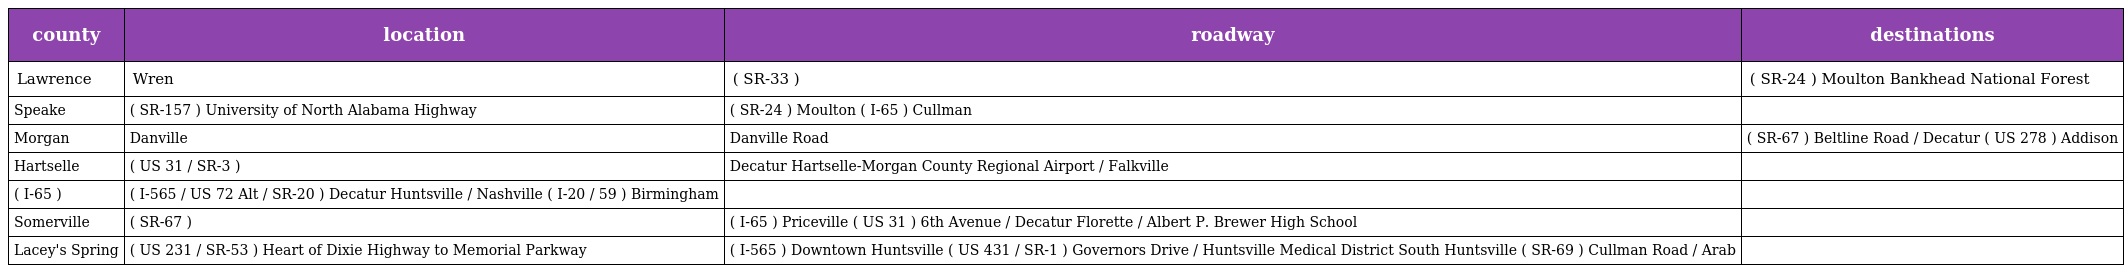
| county | location | roadway | destinations |
 | --- | --- | --- | --- |
 | Lawrence | Wren | ( SR-33 ) | ( SR-24 ) Moulton Bankhead National Forest |
 | Speake | ( SR-157 ) University of North Alabama Highway | ( SR-24 ) Moulton ( I-65 ) Cullman |  |
 | Morgan | Danville | Danville Road | ( SR-67 ) Beltline Road / Decatur ( US 278 ) Addison |
 | Hartselle | ( US 31 / SR-3 ) | Decatur Hartselle-Morgan County Regional Airport / Falkville |  |
 | ( I-65 ) | ( I-565 / US 72 Alt / SR-20 ) Decatur Huntsville / Nashville ( I-20 / 59 ) Birmingham |  |  |
 | Somerville | ( SR-67 ) | ( I-65 ) Priceville ( US 31 ) 6th Avenue / Decatur Florette / Albert P. Brewer High School |  |
 | Lacey's Spring | ( US 231 / SR-53 ) Heart of Dixie Highway to Memorial Parkway | ( I-565 ) Downtown Huntsville ( US 431 / SR-1 ) Governors Drive / Huntsville Medical District South Huntsville ( SR-69 ) Cullman Road / Arab |  |